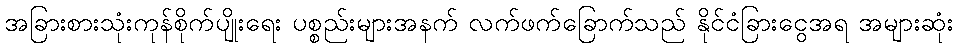
အခြားစားသုံးကုန်စိုက်ပျိုးရေး ပစ္စည်းများအနက် လက်ဖက်ခြောက်သည် နိုင်ငံခြားငွေအရ အများဆုံး